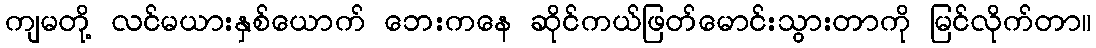
ကျမတို့ လင်မယားနှစ်ယောက် ဘေးကနေ ဆိုင်ကယ်ဖြတ်မောင်းသွားတာကို မြင်လိုက်တာ။